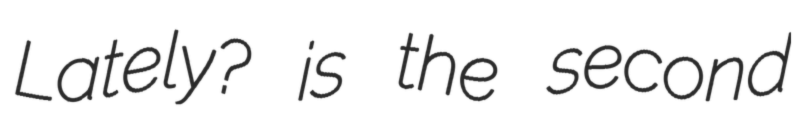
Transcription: Lately? is the second